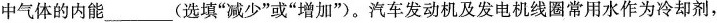
中气体的内存___（选填"减少“或”增加“）。汽车发动机及发电线圈常用水作为冷却剂，